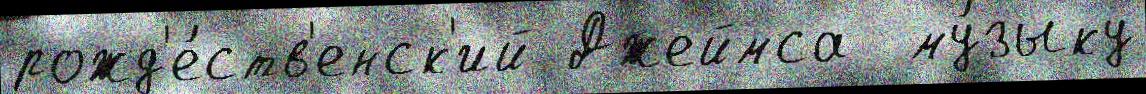
рожд'е́ств'енск'ий Джеймса  му́зыку